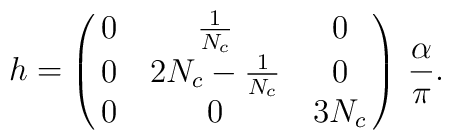
h=\left(\matrix{0 & {1\over N_c} & 0 \cr0 & 2N_c-{1\over N_c} & 0 \cr0 & 0 & 3N_c}\right)\,{\alpha\over \pi}.